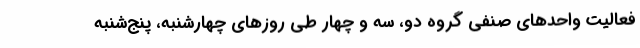
فعالیت واحدهای صنفی گروه دو، سه و چهار طی روزهای چهارشنبه، پنج‌شنبه